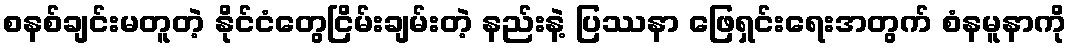
စနစ်ချင်းမတူတဲ့ နိုင်ငံတွေငြိမ်းချမ်းတဲ့ နည်းနဲ့ ပြဿနာ ဖြေရှင်းရေးအတွက် စံနမူနာကို